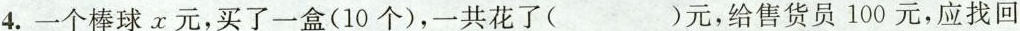
4.一个棒球x元，买了一盒(10个)，一共花了( )元，给售货员100元，应找回